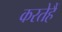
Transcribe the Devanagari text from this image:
करतेहैं